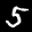
Label: 5